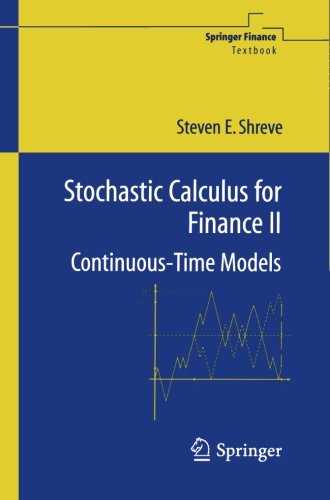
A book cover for Stochastic Calculus for Finance II: Continuous-Time Models (Springer Finance); Steven Shreve; Science & Math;